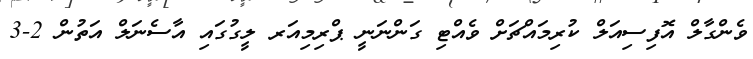
ވެންގާލް އޮފިސިއަލް ކުރިމައްޗަށް ވެއްޓި ގަންނަނީ ޕްރިމިއަރ ލީގުގައި އާސެނަލް އަތުން 2-3